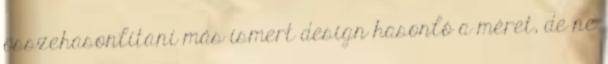
összehasonlítani más ismert design hasonló a méret, de ne